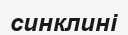
синклині